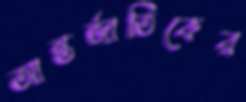
আন্তর্জাতিকের